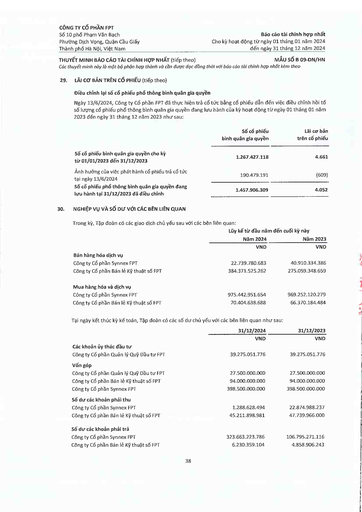
||Số cổ phiếu bình quân gia quyền|Lãi cơ bản trên cổ phiếu| |---|---|---| |Số cổ phiếu bình quân gia quyền cho kỳ từ 01/01/2023 đến 31/12/2023|1.267.427.118|4.661| |Ảnh hưởng của việc phát hành cổ phiếu trả cổ tức tại ngày 13/6/2024|190.479.191|(609)| |Số cổ phiếu phổ thông bình quân gia quyền đang lưu hành tại 31/12/2023 đã điều chỉnh|1.457.906.309|4.052| ||Lũy kế từ đầu năm|đến cuối kỳ này| |---|---|---| ||Năm 2024|Năm 2023| ||VND|VND| |Bán hàng hóa dịch vụ||| |Công ty Cổ phần Synnex FPT|22.739.780.683|40.910.334.386| |Công ty Cổ phần Bán lẻ Kỹ thuật số FPT|384.371.525.262|275.059.348.659| |Mua hàng hóa và dịch vụ||| |Công ty Cổ phần Synnex FPT|975.442.951.654|969.252.120.279| |Công ty Cổ phần Bán lẻ Kỹ thuật số FPT|70.404.638.688|66.370.184.484| ||31/12/2024|31/12/2023| |---|---|---| ||VND|VND| |Các khoản ủy thác đầu tư||| |Công ty Cổ phần Quản lý Quỹ Đầu tư FPT|39.275.051.776|39.275.051.776| |Vốn góp||| |Công ty Cổ phần Quản lý Quỹ Đầu tư FPT|27.500.000.000|27.500.000.000| |Công ty Cổ phần Bán lẻ Kỹ thuật số FPT|94.000.000.000|94.000.000.000| |Công ty Cổ phần Synnex FPT|398.500.000.000|398.500.000.000| |Số dư các khoản phải thu||| |Công ty Cổ phần Synnex FPT|1.288.628.494|22.874.988.237| |Công ty Cổ phần Bán lẻ Kỹ thuật số FPT|45.211.898.981|47.739.966.000| |Số dư các khoản phải trả||| |Công ty Cổ phần Synnex FPT|323.663.223.786|106.795.271.116| |Công ty Cổ phần Bán lẻ Kỹ thuật số FPT|6.230.359.104|4.858.906.243|